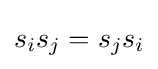
s_{i}s_{j}=s_{j}s_{i}